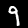
Digit: 9